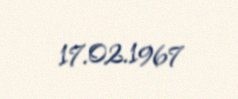
17.02.1967